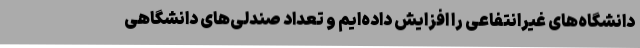
دانشگاه‌های غیرانتفاعی را افزایش داده‌ایم و تعداد صندلی‌های دانشگاهی